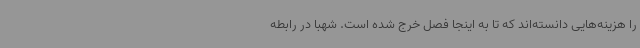
را هزینه‌هایی دانسته‌اند که تا به اینجا فصل خرج شده است. شهبا در رابطه